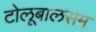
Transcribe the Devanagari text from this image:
टोलूबालसम